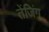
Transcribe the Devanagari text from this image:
तेंजिंग